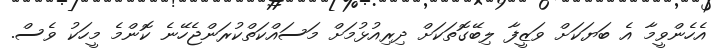
އެހެންވީމާ އެ ބަޔަކަށް ވަޒީފާ ލިބޭގޮތަކަށް ދިރިއުޅުމަށް މަސައްކަތްކުރަންޖެހޭނެ ކޮންމެ މީހަކު ވެސް.